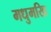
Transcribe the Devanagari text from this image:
मधुमखि